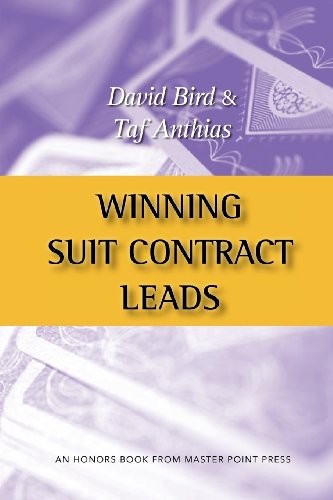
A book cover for Winning Suit Contract Leads; David Bird; Humor & Entertainment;